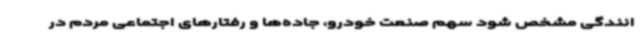
انندگی مشخص شود سهم صنعت خودرو، جاده‌ها و رفتارهای اجتماعی مردم در